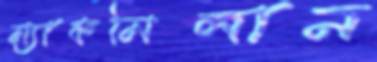
ম্যাকমিলান